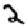
Digit: 2